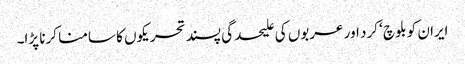
ایران کو بلوچ ‘ کرد اور عربوں کی علیحدگی پسند تحریکوں کا سامنا کرنا پڑا۔